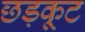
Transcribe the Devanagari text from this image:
छड़कूट